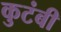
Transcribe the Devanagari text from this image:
कुटंबी